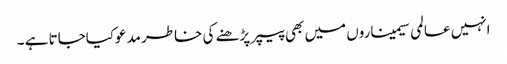
انہیں عالمی سیمیناروں میں بھی پیپر پڑھنے کی خاطر مدعوکیاجاتا ہے ۔